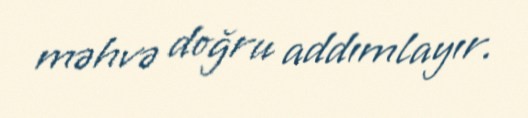
məhvə doğru addımlayır.